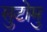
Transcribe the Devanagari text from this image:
सुटोमु